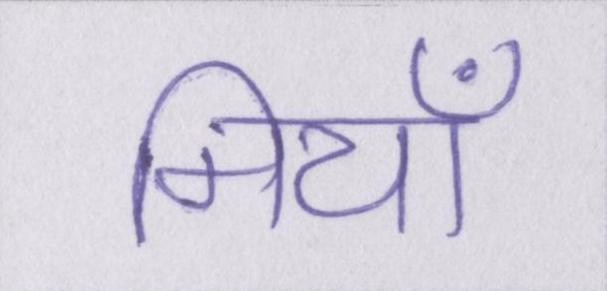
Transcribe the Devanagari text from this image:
मियाँ